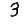
Digit: 3